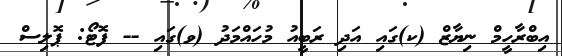
އިބްރާހީމް ނިޔާޒް (ކ)ގައި އަދި ރަބީއު މުހައްމަދު (ވ)ގައި -- ފޮޓޯ: ޕޮލިސް